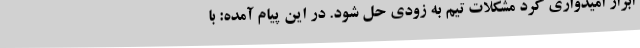
ابراز امیدواری کرد مشکلات تیم به زودی حل شود. در این پیام آمده: با